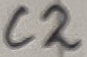
Text: C2